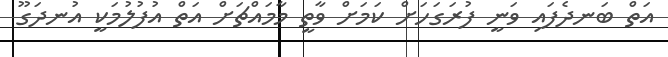
އަތް ބަނދެފައި ވަނީ ފުރަގަހަށް ކަމަށް ވާތީ މާމައްޗަށް އަތް އުފުލުމަކީ އުނދަގޫ